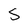
Character: S